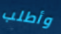
وأطلب